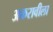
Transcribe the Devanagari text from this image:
अकरावीला